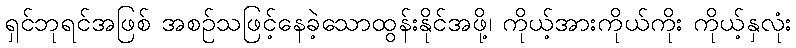
ရှင်ဘုရင်အဖြစ် အစဉ်သဖြင့်နေခဲ့သောထွန်းနိုင်အဖို့၊ ကိုယ့်အားကိုယ်ကိုး ကိုယ့်နှလုံး